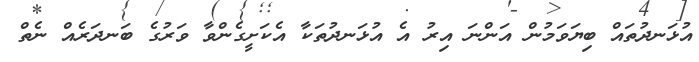
އުޅަނދުތައް ބިޔަވަމުން އަންނަ އިރު އެ އުޅަނދުތަކާ އެކަށީގެންވާ ވަރުގެ ބަނދަރެއް ނެތް